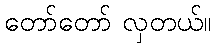
တော်တော် လှတယ်။